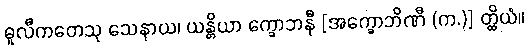
ဓူလီကတေသု သေနာယ၊ ယန္တိယာ က္ခောဘနီ [အက္ခောဘိဏီ (က.)] တ္ထိယံ။